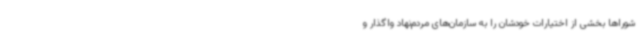
شوراها بخشی از اختیارات خودشان را به سازمان‌های مردم‌نهاد واگذار و